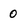
Character: 0